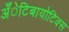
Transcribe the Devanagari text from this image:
अँेटिबायोटिक्स